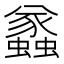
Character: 𧔑